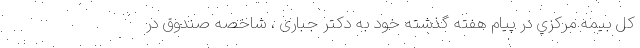
کل بيمه مرکزي در پیام هفته گذشته خود به دکتر جباری ، شاخصه صندوق در